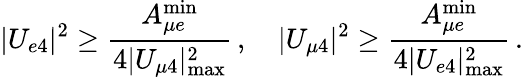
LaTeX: |U_{e4}|^{2}\geq\frac{A_{{\mu}e}^{\mathrm{min}}}{4|U_{\mu 4}|_{\mathrm{max}}^{2}}\, ,\quad|U_{\mu 4}|^{2}\geq\frac{A_{{\mu}e}^{\mathrm{min}}}{4|U_{e4}|_{\mathrm{max}}^{2}}\, .